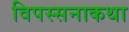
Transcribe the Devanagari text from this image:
विपस्सनाकथा